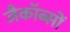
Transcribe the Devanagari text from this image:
जैकॉब्सों